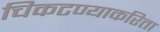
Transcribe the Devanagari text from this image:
चिकटण्याकरिता